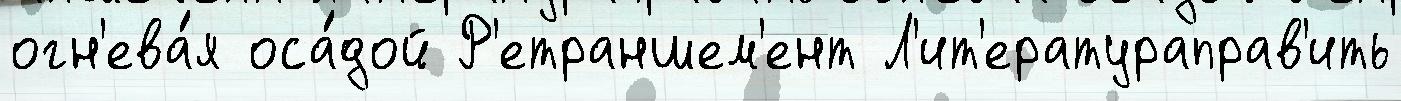
огн'ева́я оса́дой Р'етраншем'ент Л'ит'ератураправ'ить